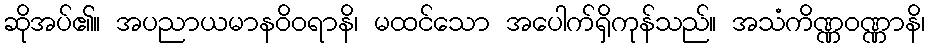
ဆိုအပ်၏။ အပညာယမာနဝိဝရာနိ၊ မထင်သော အပေါက်ရှိကုန်သည်။ အသံကိဏ္ဏဝဏ္ဏာနိ၊